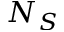
N _ { S }